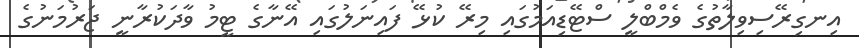
އިނގިރޭސިވިލާތުގެ ވެމްބްލީ ސްޓޭޑިއަމުގައި މިރޭ ކުޅޭ ފައިނަލުގައި އޭނާގެ ޓީމު ވާދަކުރާނީ ޖަރުމަނުގެ